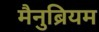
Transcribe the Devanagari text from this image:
मैनुब्रियम